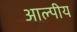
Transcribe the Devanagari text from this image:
आल्पीय